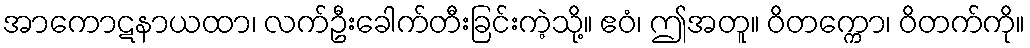
အာကောဋနာယထာ၊ လက်ဦးခေါက်တီးခြင်းကဲ့သို့။ ဧဝံ၊ ဤအတူ။ ဝိတက္ကော၊ ဝိတက်ကို။